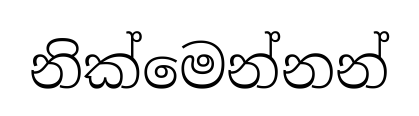
නික්මෙන්නන්